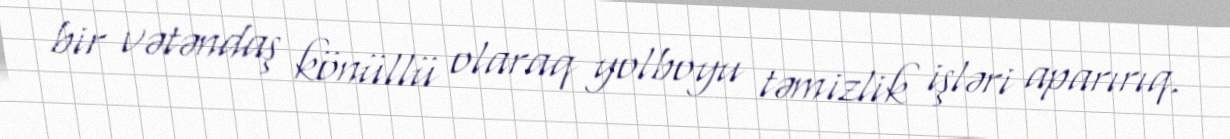
bir vətəndaş könüllü olaraq yolboyu təmizlik işləri aparırıq.